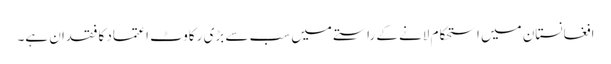
افغانستان میں استحکام لانے کے راستے میں سب سے بڑی رکاوٹ اعتماد کا فقدان ہے۔